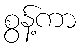
စွန့်ကာ